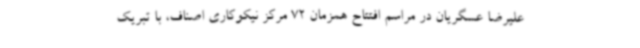
علیرضا عسگریان در مراسم افتتاح همزمان 72 مرکز نیکوکاری اصناف، با تبریک